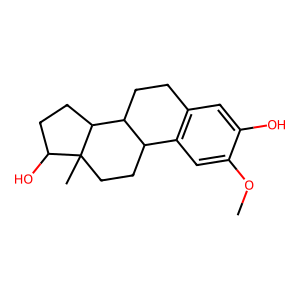
SMILES: COc1cc2c(cc1O)CCC1C2CCC2(C)C(O)CCC12
Inhibits HIV replication: No